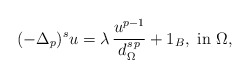
\begin{align*}(-\Delta_p)^s u=\lambda\,\frac{u^{p-1}}{d_\Omega^{s\,p}}+1_{B},\mbox{ in }\Omega,\end{align*}